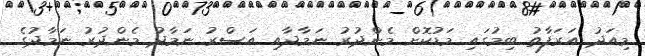
މިއަދު އަރަފާތު ބިމުގައި މަޑުކޮށް މެންދުރު ނަމާދާއި އަސްރު ނަމާދު މެންދުރު ނަމާދުގެ